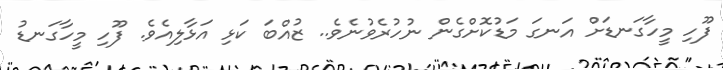
ފޫހި މީހާގަނޑަށް އަނގަ މަޑުކޮށްގެން ނުހުރެވުނެވެ.. ޒުއްބަ ކަޅި އަޅާލިއެވެ. ފޫހި މީހާގަނޑު